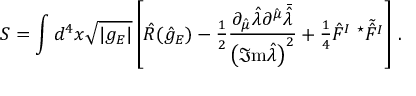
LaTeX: S = \int d ^ { 4 } x \sqrt { | g _ { E } | } \left[ \hat { R } ( \hat { g } _ { E } ) - { \textstyle \frac { 1 } { 2 } } \frac { \partial _ { \hat { \mu } } \hat { \lambda } \partial ^ { \hat { \mu } } \bar { \hat { \lambda } } } { \left( \Im \mathrm { m } \hat { \lambda } \right) ^ { 2 } } + { \textstyle \frac { 1 } { 4 } } \hat { F } ^ { I } \ { } ^ { \star } \tilde { \hat { F } ^ { I } } \right] \, .